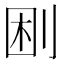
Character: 𠜠